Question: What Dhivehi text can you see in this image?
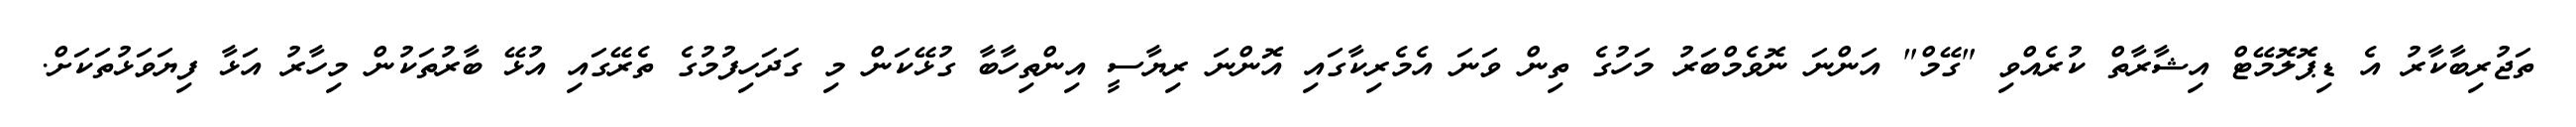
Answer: ތަޖުރިބާކާރު އެ ޑިޕޮލޮމޭޓް އިޝާރާތް ކުރެއްވި "ގޭމް" އަންނަ ނޮވެމްބަރު މަހުގެ ތިން ވަނަ އެމެރިކާގައި އޮންނަ ރިޔާސީ އިންތިހާބާ ގުޅޭކަން މި ގަދަހިފުމުގެ ތެރޭގައި އުޅޭ ބާރުތަކުން މިހާރު އަޅާ ފިޔަވަޅުތަކަށް.